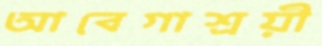
আবেগাশ্রয়ী